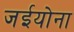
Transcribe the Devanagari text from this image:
जईयोना